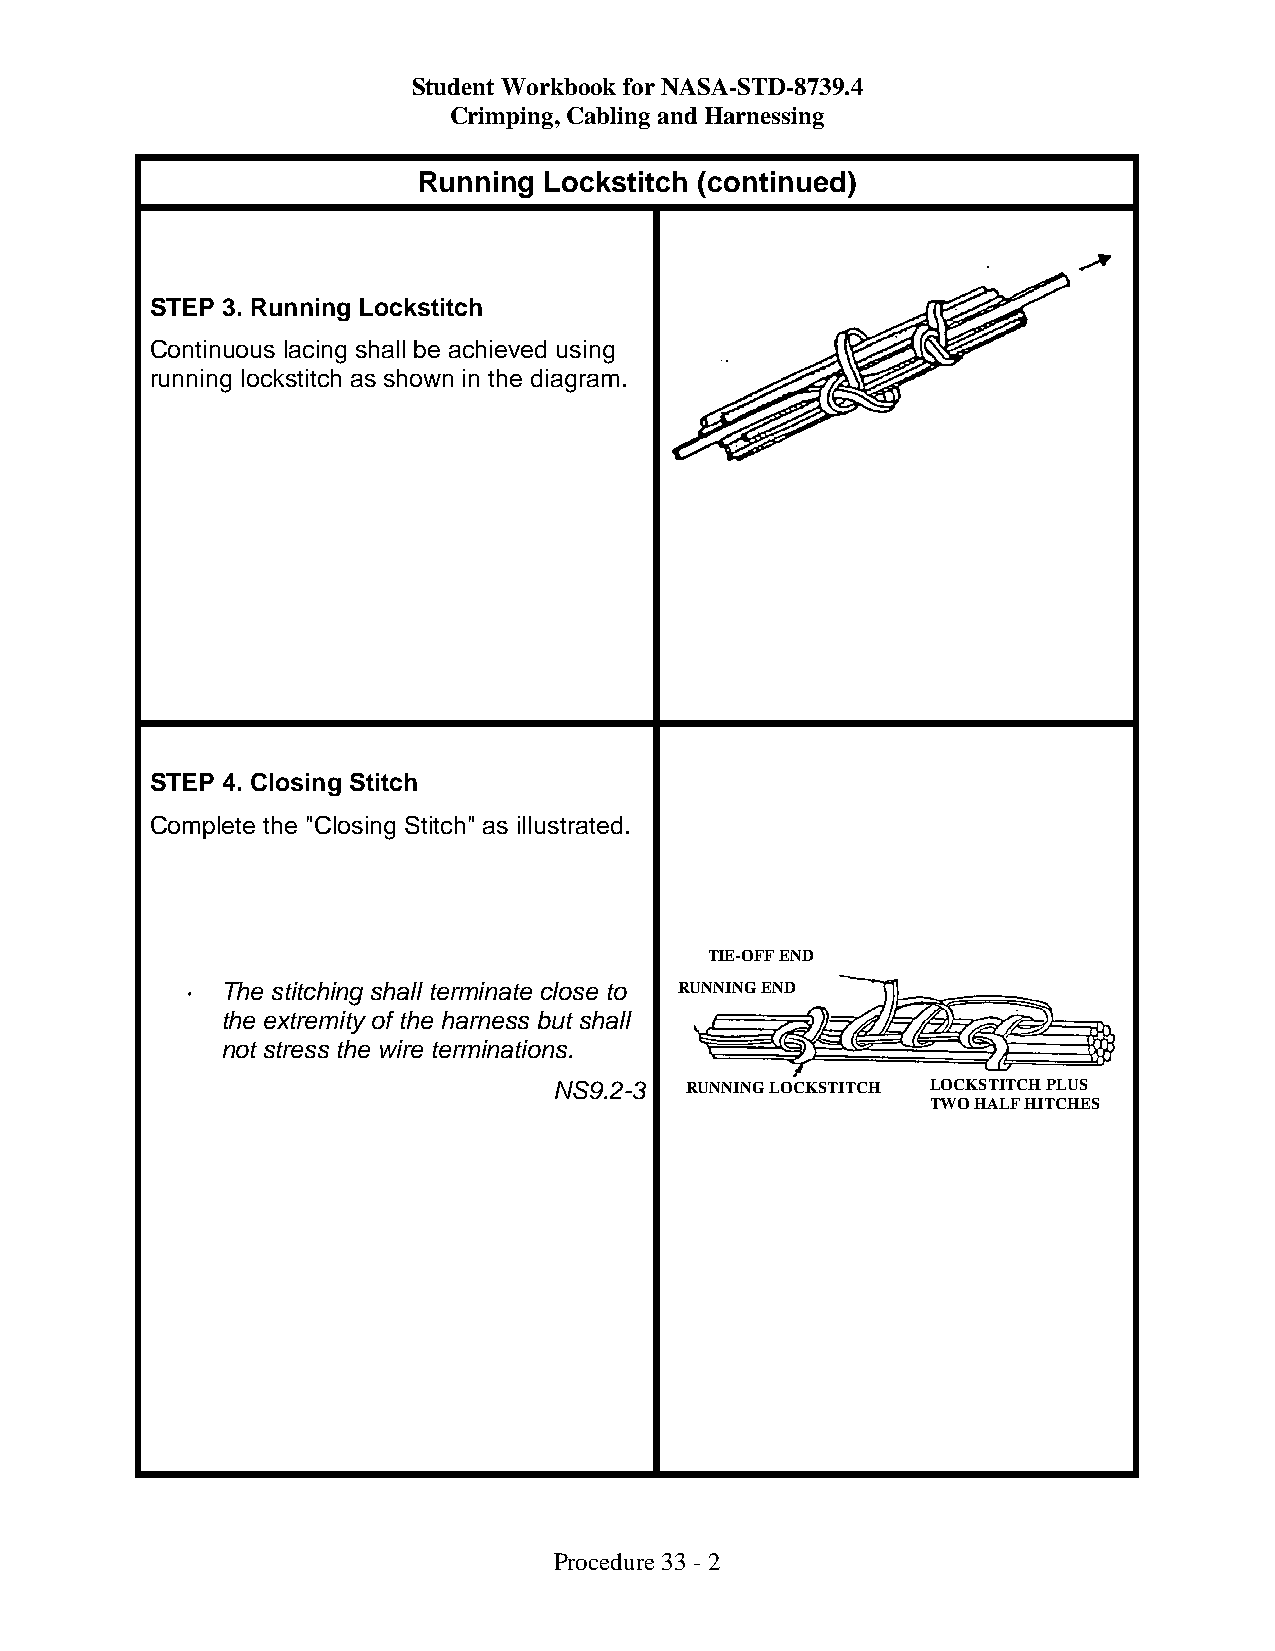
Student Workbook for NASA-STD-8739.4
 Crimping, Cabling and Harnessing
 Running Lockstitch (continued)
 STEP 3. Running Lockstitch
 Continuous lacing shall be achieved using
 running lockstitch as shown in the diagram.
 STEP 4. Closing Stitch
 Complete the "Closing Stitch" as illustrated.
 TIE-OFF END
 •  The stitching shall terminate close to RUNNING END
 the extremity of the harness but shall
 not stress the wire terminations.
 NS9.2-3 RUNNING LOCKSTITCH LOCKSTITCH PLUS
 TWO HALF HITCHES
 Procedure 33 - 2